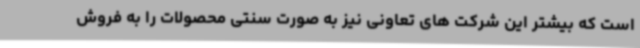
است که بیشتر این شرکت های تعاونی نیز به صورت سنتی محصولات را به فروش